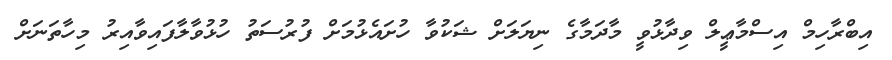
އިބްރާހިމް އިސްމާޢީލް ވިދާޅުވީ މާދަމާގެ ނިޔަލަށް ޝަކުވާ ހުށައެޅުމަށް ފުުރުސަތު ހުޅުވާލާފައިވާއިރު މިހާތަނަށް